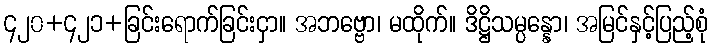
၄၂၀+၄၂၁+ခြင်းရောက်ခြင်းငှာ။ အဘဗ္ဗော၊ မထိုက်။ ဒိဋ္ဌိသမ္ပန္နော၊ အမြင်နှင့်ပြည့်စုံ